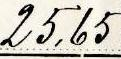
25,65